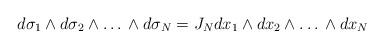
LaTeX: \begin{align*}d \sigma_{1} \wedge d \sigma_{2} \wedge \ldots \, \wedge d \sigma_{N}= J_N dx_{1} \wedge dx_{2} \wedge \ldots \, \wedge dx_{N}\end{align*}